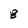
Character: B